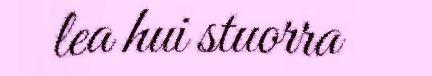
lea hui stuorra